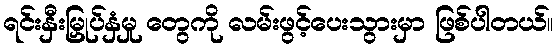
ရင်းနှီးမြှုပ်နှံမှု တွေကို လမ်းဖွင့်ပေးသွားမှာ ဖြစ်ပါတယ်။